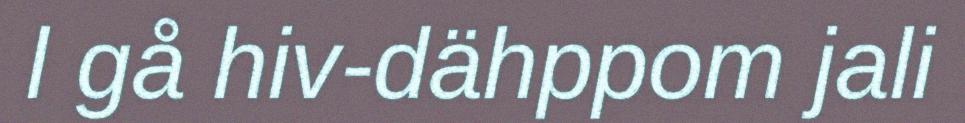
l gå hiv-dähppom jali